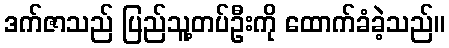
ဒက်ဇာသည် ပြည်သူ့တပ်ဦးကို ထောက်ခံခဲ့သည်။